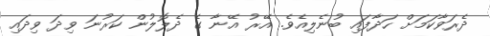
ދެރަވާކަމަށް ހަދާފައި ބުނެލިއެވެ. އޭރު އޭނާ ގެ ދެލޮލުން ކަރުނަ ވިދަ ވިދައި